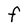
Character: F